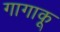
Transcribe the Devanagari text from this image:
गागाकू